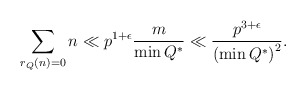
\begin{align*}\sum_{r_{Q}(n) = 0} n \ll p^{1+\epsilon} \frac{m}{\min Q^{*}} \ll\frac{p^{3+\epsilon}}{\left(\min Q^{*}\right)^{2}}.\end{align*}